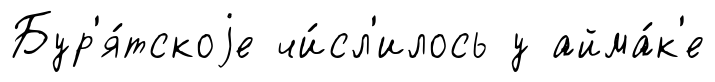
Бур'я́тскоjе чи́сл'илось у айма́к'е